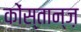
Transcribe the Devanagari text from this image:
कोंस्तान्ज़